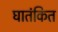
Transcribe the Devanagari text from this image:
घातंकित